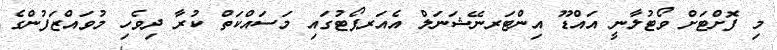
މި ފޮށްޓަށް ވޯޓުލާނީ އައްޑޫ އިންޓަރނޭޝަނަލް އެއަރޕޯޓުގައި މަސައްކަތް ކުރާ ދިވެހި މުވައްޒަފުންގެ